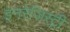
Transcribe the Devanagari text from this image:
इनरेजिस्ट्री